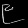
Digit: ၉